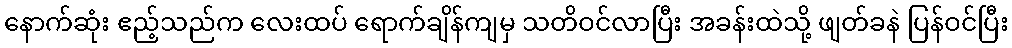
နောက်ဆုံး ဧည့်သည်က လေးထပ် ရောက်ချိန်ကျမှ သတိဝင်လာပြီး အခန်းထဲသို့ ဖျတ်ခနဲ ပြန်ဝင်ပြီး